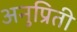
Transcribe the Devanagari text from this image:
अनुप्रिती